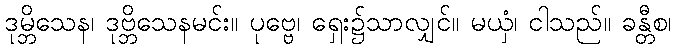
ဒုမ္ဘိသေန၊ ဒုဗ္ဘိသေနမင်း။ ပုဗ္ဗေ၊ ရှေး၌သာလျှင်။ မယှံ၊ ငါသည်။ ခန္တီစ၊